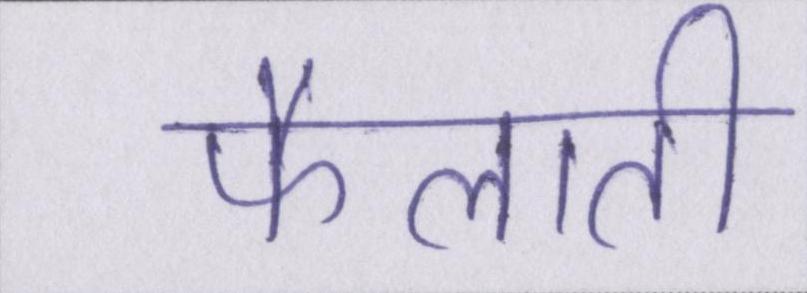
फैलाती